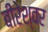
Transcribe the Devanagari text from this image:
बीरेश्वर